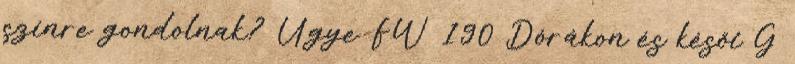
színre gondolnak? Ugye FW 190 Dórákon és késői G